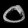
Digit: ၀